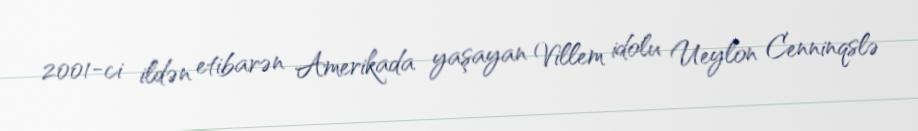
2001-ci ildən etibarən Amerikada yaşayan Villem idolu Ueylon Cenninqslə